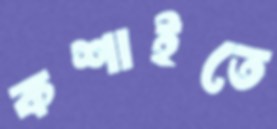
কশাইতে